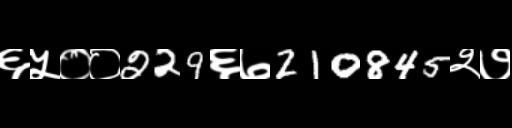
Text: ६५००229६७210845२७